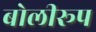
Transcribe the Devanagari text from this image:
बोलीरूप